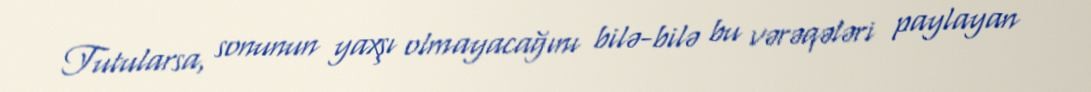
Tutularsa, sonunun yaxşı olmayacağını bilə-bilə bu vərəqələri paylayan